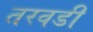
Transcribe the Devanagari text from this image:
तरवडी